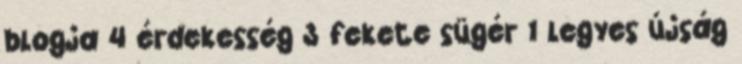
blogja 4 érdekesség 3 fekete sügér 1 legyes újság